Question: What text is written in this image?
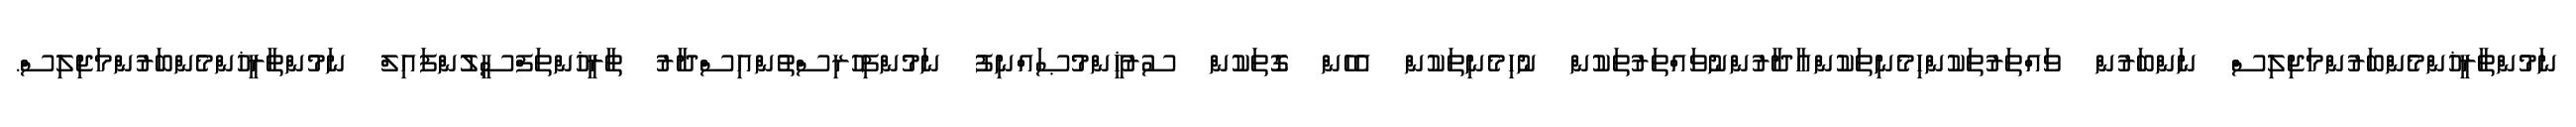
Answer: ނަމުންތާރީޚުންމެންބަރުންމަޖިލިސް ނަންބަރުން ވައްތަރުތަކުންހިމެނިތަކުންއާދާރުންނުވައްތަރުތަކުން ނުހިމެނިތަކުން އެހެން ގޮތަކުން ސުރުޚީންމުޞައްނިފު ނަމުންފިހުރިސްތުންއިސްދާރު ތާރީޚުންތަފްސީލުންފައިލް ނަމުންތާރީޚުންމެންބަރުންމަޖިލިސް.